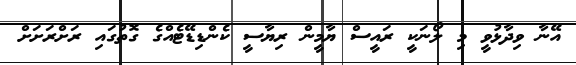
އޭނާ ވިދާޅުވީ މި ލޯނަކީ ރައީސް ޔާމީން ރިޔާސީ ކެންޑިޑޭޓެއްގެ ގޮތުގައި ރަށްރަށަށް